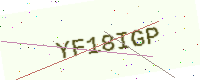
Text: YF18IGP